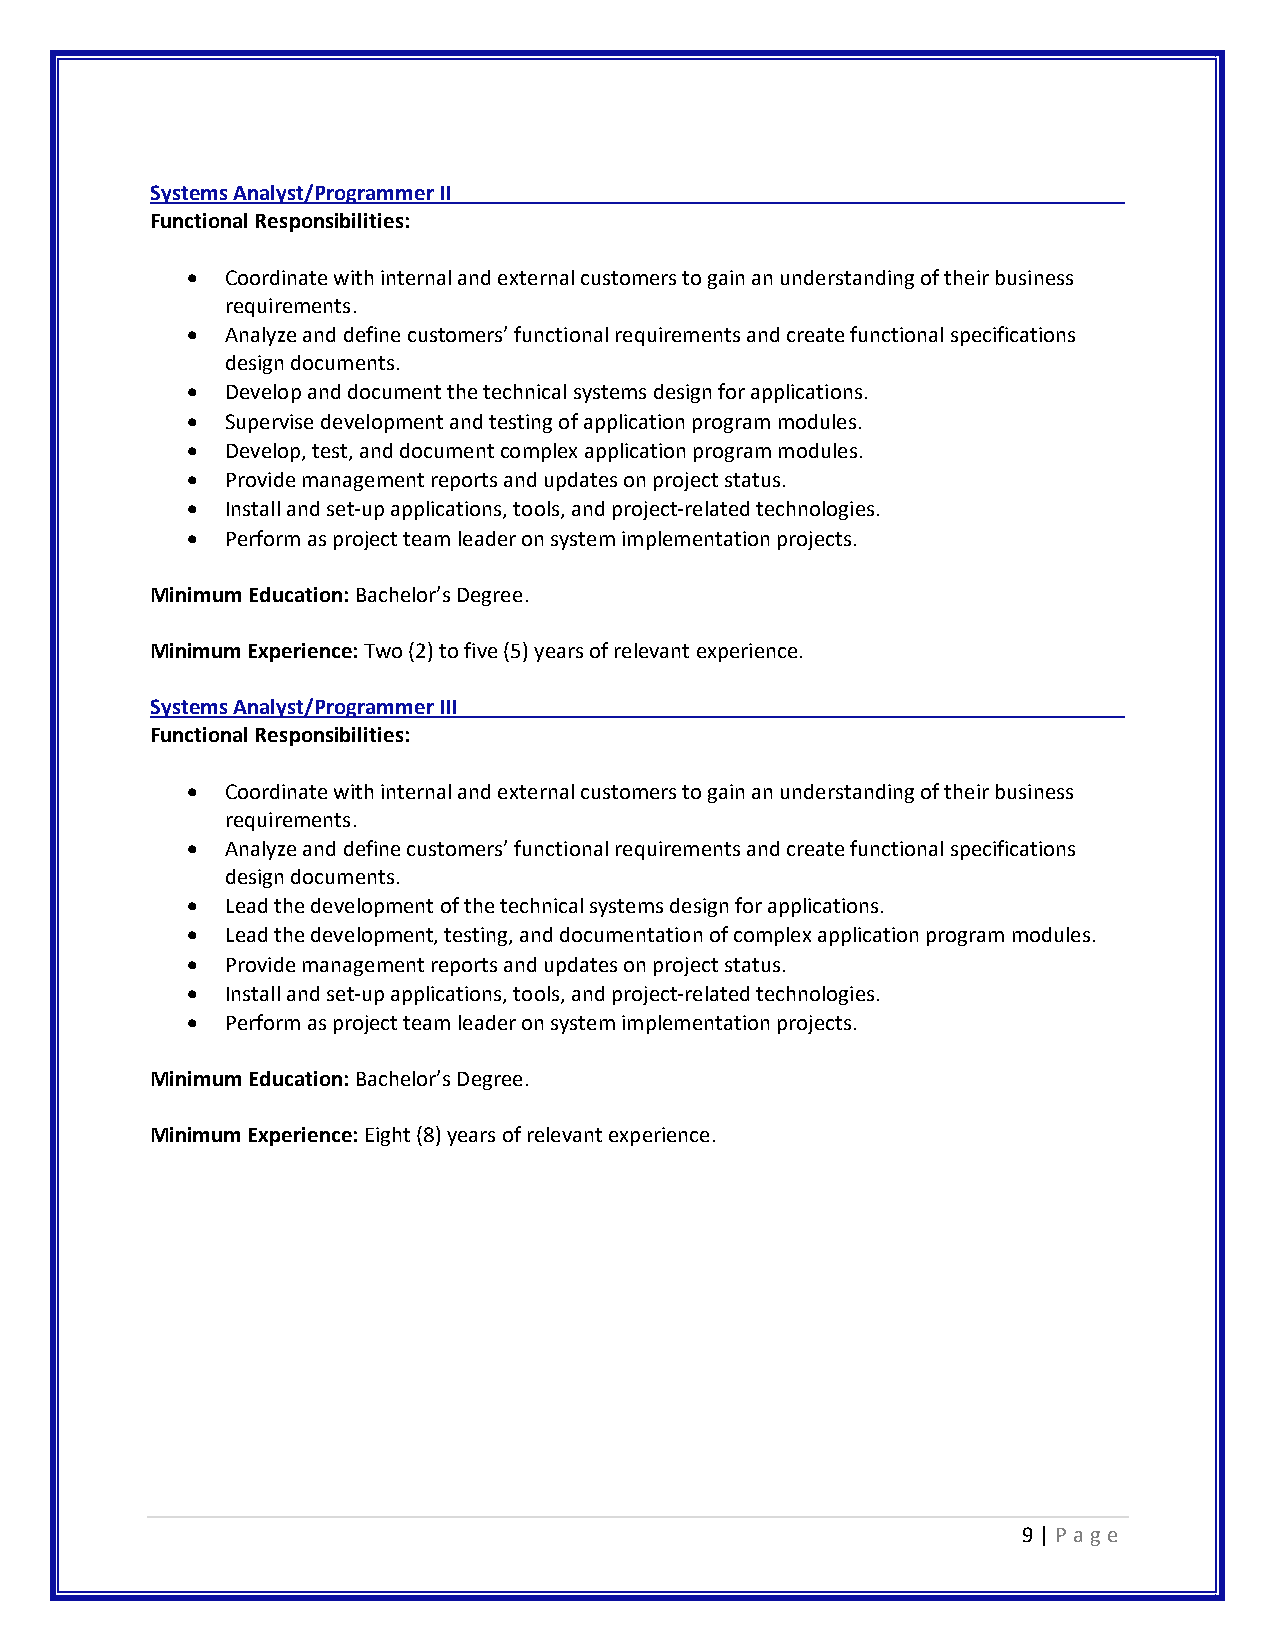
Systems Analyst/Programmer II
 Functional Responsibilities:
 •  Coordinate with internal and external customers to gain an understanding of their business
 requirements.
 •  Analyze and define customers’ functional requirements and create functional specifications
 design documents.
 •  Develop and document the technical systems design for applications.
 •  Supervise development and testing of application program modules.
 •  Develop, test, and document complex application program modules.
 •  Provide management reports and updates on project status.
 •  Install and set-up applications, tools, and project-related technologies.
 •  Perform as project team leader on system implementation projects.
 Minimum Education: Bachelor’s Degree.
 Minimum Experience: Two (2) to five (5) years of relevant experience.
 Systems Analyst/Programmer III
 Functional Responsibilities:
 •  Coordinate with internal and external customers to gain an understanding of their business
 requirements.
 •  Analyze and define customers’ functional requirements and create functional specifications
 design documents.
 •  Lead the development of the technical systems design for applications.
 •  Lead the development, testing, and documentation of complex application program modules.
 •  Provide management reports and updates on project status.
 •  Install and set-up applications, tools, and project-related technologies.
 •  Perform as project team leader on system implementation projects.
 Minimum Education: Bachelor’s Degree.
 Minimum Experience: Eight (8) years of relevant experience.
 9 | P a ge